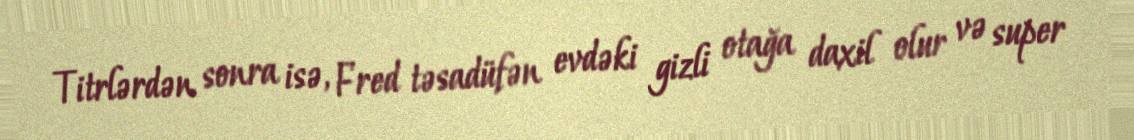
Titrlərdən sonra isə, Fred təsadüfən evdəki gizli otağa daxil olur və super